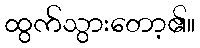
ထွက်သွားတော့၏။